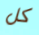
كل